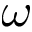
\omega